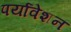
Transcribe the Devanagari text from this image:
पर्यावेशन